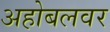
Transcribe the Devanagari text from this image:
अहोबलवर